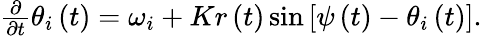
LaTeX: \begin{array}{r}{\frac{\partial}{\partial t}\theta_{i}\left(t\right)=\omega_{i}+Kr\left(t\right)\sin\left[\psi\left(t\right)-\theta_{i}\left(t\right)\right].}\end{array}